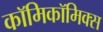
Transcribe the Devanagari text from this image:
काॅमिकॉमिक्स